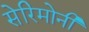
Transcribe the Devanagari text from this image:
सेरिमोनी